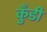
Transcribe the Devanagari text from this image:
कुँडी